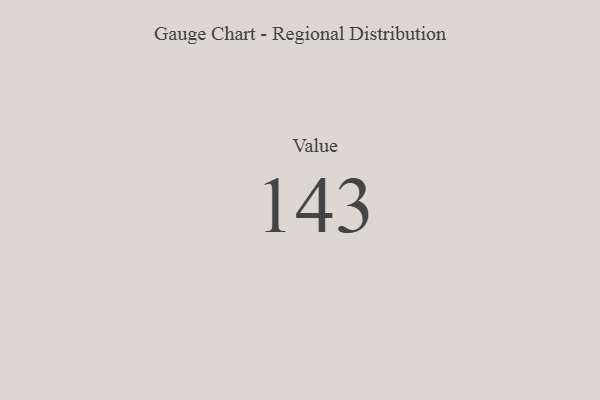
{"axis": {"x": "Metric", "y": "Value"}, "legend": [""], "data": [{"x": "Value", "y": 143, "type": ""}]}